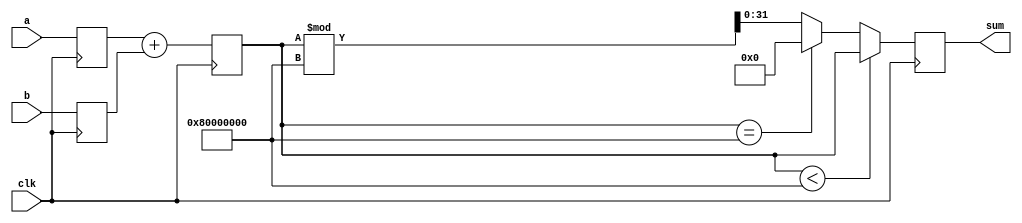
`timescale 1ns / 1ps


module Modulo_Addition #(parameter two_32=40'd2147483648)(
    input [31:0] a,
    input [31:0] b,
    input clk,
    output reg [31:0] sum
);
    integer a1,b1,sum1;
    
    always@(posedge clk)
    begin
        a1 <= a;
        b1 <= b;
        sum1 <= a1 + b1;
        if (sum1 < two_32)
            sum <= sum1;
        else if (sum1 == two_32)
            sum <= 32'd0;
        else
            sum <= sum1 % two_32;      
    end
endmodule